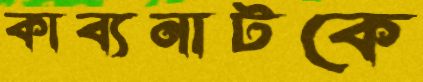
কাব্যনাটকে